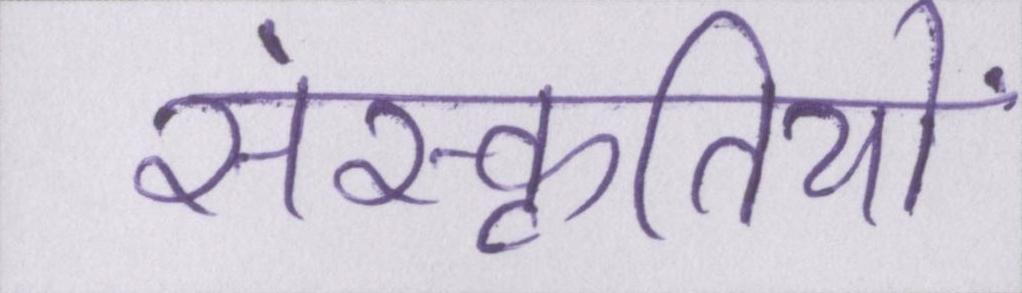
संस्कृतियों